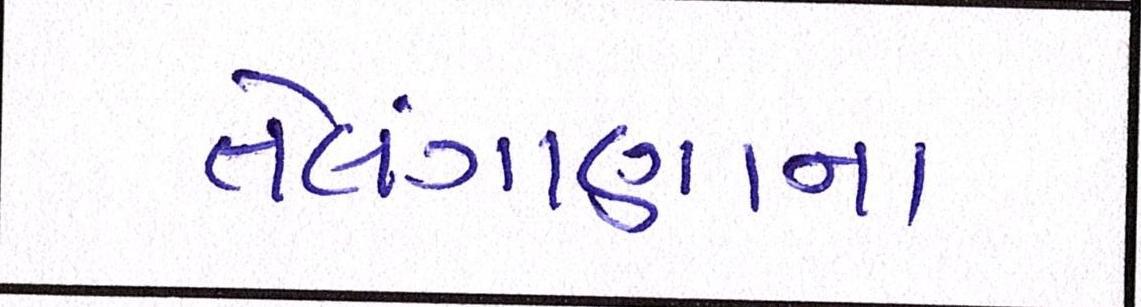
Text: તેલંગાણાના